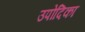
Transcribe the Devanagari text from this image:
उपोदिका